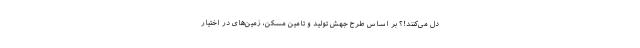
دل می‌کنند!؟ بر اساس طرح جهش تولید و تامین مسکن، زمین‌های در اختیار